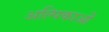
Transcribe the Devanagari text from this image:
अल्पिकाओं